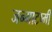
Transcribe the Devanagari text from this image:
जन्माटष्मी